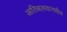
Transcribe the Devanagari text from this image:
अतिबलवानभीम